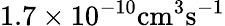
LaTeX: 1.7\times 10^{-10}\mathrm{{cm}^{3}\mathrm{{s}^{-1}}}